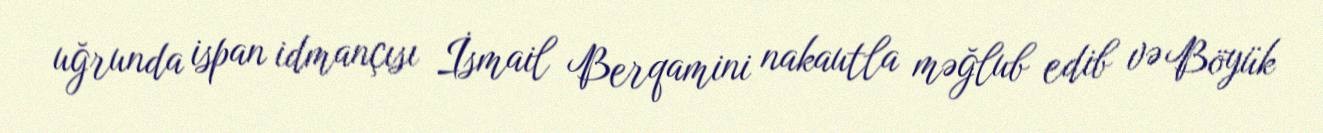
uğrunda ispan idmançısı İsmail Berqamini nakautla məğlub edib və Böyük